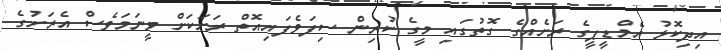
އިދިކޮޅު އެމްޑީޕީގެ ރަށެއްގެ ގޮތުގައި މީގެ ކުރިން ސިފަވެފައިއޮތް ރަށަކަށް ވީނަމަވެސް އެރަށުގެ